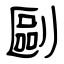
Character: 剾